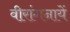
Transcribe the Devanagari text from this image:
वीरांगनायें